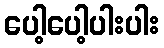
ပေါ့ပေါ့ပါးပါး